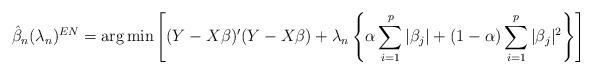
LaTeX: \begin{align*}\hat{\beta}_n(\lambda_n)^{EN}=\mbox{arg}\min\left[(Y-X\beta)'(Y-X\beta) + \lambda_n\left\{\alpha \sum_{i=1}^{p}|\beta_j| + (1-\alpha)\sum_{i=1}^{p}|\beta_j|^2\right\}\right]\end{align*}